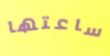
ساعتها